Civil Veterinary Dept. Assam report 1927-50 - 1927-1950
Year: 1927
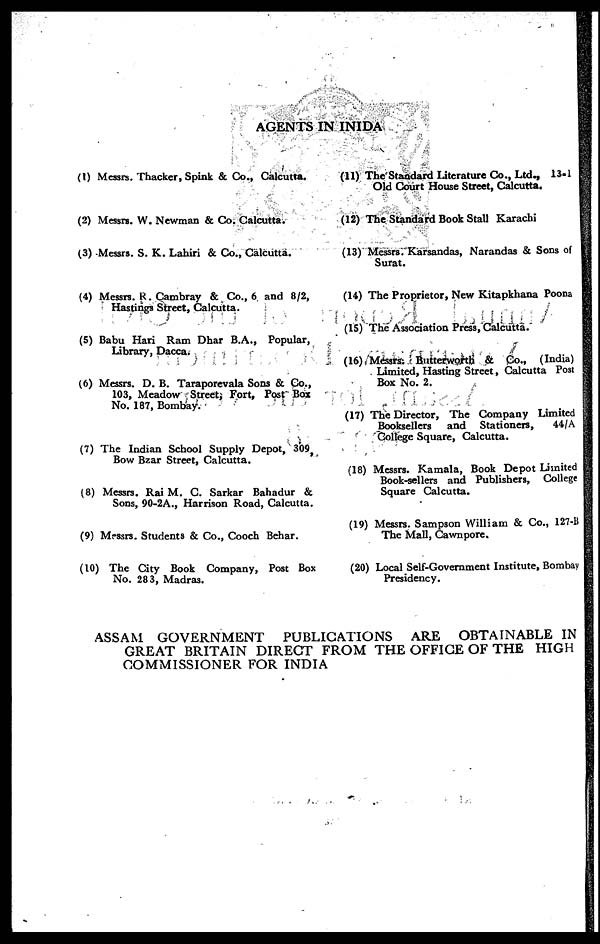
AGENTS IN INIDA
(1) Messrs. Thacker, Spink & Co., Calcutta.
(2) Messrs. W. Newman & Co. Calcutta.
(3) Messrs. S. K. Lahiri & Co., Calcutta.
(4) Messrs. R. Cambray & Co., 6 and 8/2,
Hastings Street, Calcutta.
(5) Babu Hari Ram Dhar B.A., Popular,
Library, Dacca.
(6) Messrs. D. B. Taraporevala Sons & Co.,
103, Meadow Street, Fort, Post Box
No. 187, Bombay.
(7) The Indian School Supply Depot, 309
Bow Bzar Street, Calcutta.
(8) Messrs. Rai M. C. Sarkar Bahadur &
Sons, 90-2A., Harrison Road, Calcutta.
(9) Messrs. Students & Co., Cooch Behar.
(10) The City Book Company, Post Box
No. 283, Madras.
(11) The Standard literature Co., Ltd., 13-1
Old Court House Street, Calcutta.
(12) The Standard Book Stall Karachi
(13) Messrs. Karsandas, Narandas & Sons of
Surat.
(14) The Proprietor, New Kitapkhana Poona
(15) The Association Press, Calcutta.
(16) Messrs. Butterworth & Co., (India)
Limited, Hasting Street, Calcutta Post
Box No. 2.
(17) The Director, The Company Limited
Booksellers
and Stationers,
44/A
College Square, Calcutta.
(18) Messrs. Kamala, Book Depot Limited
Book-sellers and Publishers, College
Square Calcutta.
(19) Messrs. Sampson William & Co., 127-1
The Mall, Cawnpore.
(20) Local Self-Government Institute, Bombay
Presidency.
ASSAM GOVERNMENT PUBLICATIONS ARE OBTAINABLE IN
GREAT BRITAIN DIRECT FROM THE OFFICE OF THE HIGH
COMMISSIONER FOR INDIA